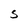
Character: s